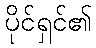
ပိုင်ရှင်၏